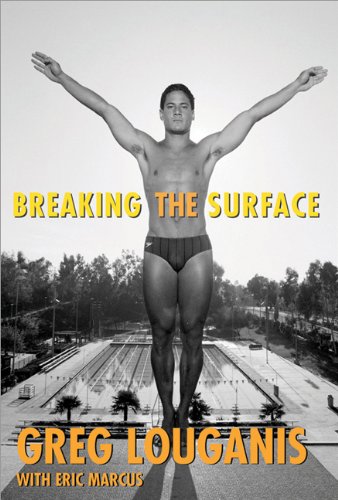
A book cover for Breaking the Surface; Eric Marcus; Gay & Lesbian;